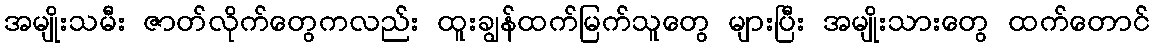
အမျိုးသမီး ဇာတ်လိုက်တွေကလည်း ထူးချွန်ထက်မြက်သူတွေ များပြီး အမျိုးသားတွေ ထက်တောင်